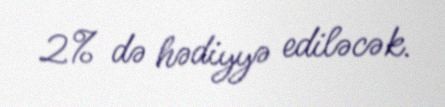
2% də hədiyyə ediləcək.